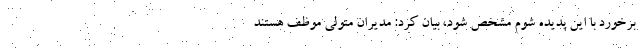
برخورد با این پدیده شوم مشخص شود، بیان کرد: مدیران متولی موظف هستند